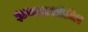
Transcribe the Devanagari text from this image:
ज्ञानशाखांतील